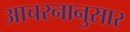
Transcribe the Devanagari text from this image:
आचरनानुसार